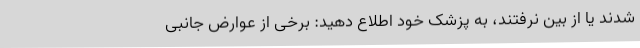
شدند یا از بین نرفتند، به پزشک خود اطلاع دهید: برخی از عوارض جانبی